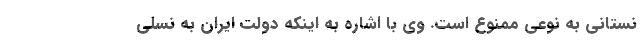
نستانی به نوعی ممنوع است. وی با اشاره به اینکه دولت ایران به نسلی